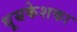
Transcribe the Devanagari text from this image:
धूम्रकेशका